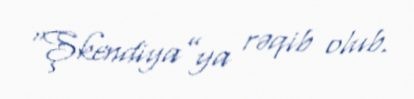
“Şkendiya”ya rəqib olub.